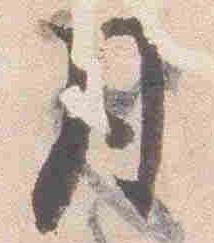
月